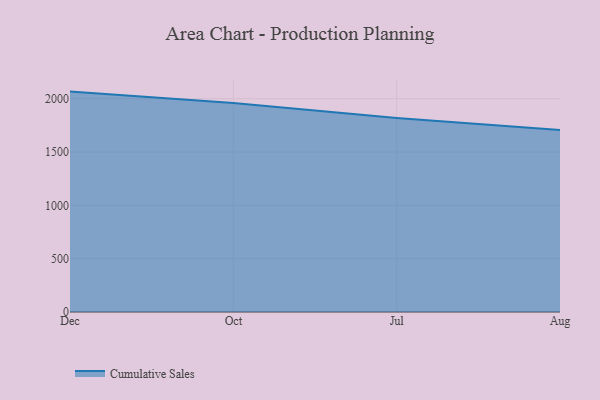
{"axis": {"x": "Month", "y": "Demand Index"}, "legend": ["Cumulative Sales"], "data": [{"x": "Dec", "y": 2066.7, "type": "Cumulative Sales"}, {"x": "Oct", "y": 1960.1, "type": "Cumulative Sales"}, {"x": "Jul", "y": 1819.5, "type": "Cumulative Sales"}, {"x": "Aug", "y": 1706.5, "type": "Cumulative Sales"}]}